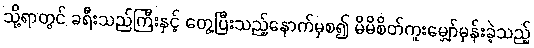
သို့ရာတွင် ခရီးသည်ကြီးနှင့် တွေ့ပြီးသည့်နောက်မှစ၍ မိမိစိတ်ကူးမျှော်မှန်းခဲ့သည့်